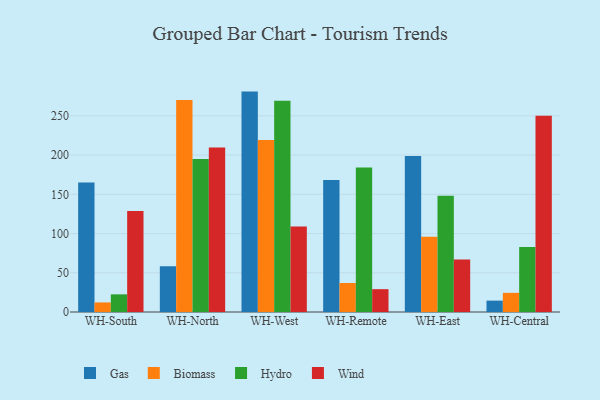
{"axis": {"x": "Warehouse", "y": "LTV (USD)"}, "legend": ["Biomass", "Gas", "Hydro", "Wind"], "data": [{"x": "WH-South", "y": 164.9, "type": "Gas"}, {"x": "WH-South", "y": 12.2, "type": "Biomass"}, {"x": "WH-South", "y": 22.5, "type": "Hydro"}, {"x": "WH-South", "y": 128.6, "type": "Wind"}, {"x": "WH-North", "y": 58.3, "type": "Gas"}, {"x": "WH-North", "y": 270.3, "type": "Biomass"}, {"x": "WH-North", "y": 194.9, "type": "Hydro"}, {"x": "WH-North", "y": 209.8, "type": "Wind"}, {"x": "WH-West", "y": 280.9, "type": "Gas"}, {"x": "WH-West", "y": 219.2, "type": "Biomass"}, {"x": "WH-West", "y": 269.3, "type": "Hydro"}, {"x": "WH-West", "y": 108.9, "type": "Wind"}, {"x": "WH-Remote", "y": 168.3, "type": "Gas"}, {"x": "WH-Remote", "y": 37.0, "type": "Biomass"}, {"x": "WH-Remote", "y": 184.1, "type": "Hydro"}, {"x": "WH-Remote", "y": 29.1, "type": "Wind"}, {"x": "WH-East", "y": 198.8, "type": "Gas"}, {"x": "WH-East", "y": 95.9, "type": "Biomass"}, {"x": "WH-East", "y": 148.3, "type": "Hydro"}, {"x": "WH-East", "y": 66.8, "type": "Wind"}, {"x": "WH-Central", "y": 14.5, "type": "Gas"}, {"x": "WH-Central", "y": 24.4, "type": "Biomass"}, {"x": "WH-Central", "y": 82.7, "type": "Hydro"}, {"x": "WH-Central", "y": 250.1, "type": "Wind"}]}